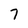
Character: 7